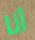
أنا